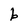
Character: P